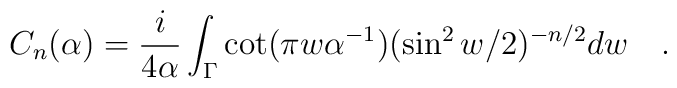
C_n(\alpha)={i \over 4\alpha}\int_{\Gamma}\cot(\pi w\alpha^{-1})(\sin^2w/2)^{-n/2} dw~~~.